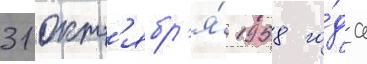
31 окт'ябр'я́ 1958 го́да